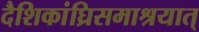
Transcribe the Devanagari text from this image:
दैशिकांघ्रिसमाश्रयात्